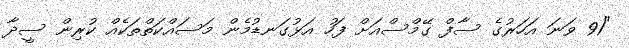
"91 ވަނަ އަހަރުގެ ސާފް ގޭމްސްއަށް ފަހު އަޅުގަނޑުމެން މަސައްކަތްތަކެއް ކުރިން ސީދާ